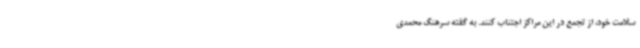
سلامت خود، از تجمع در این مراکز اجتناب کنند. به گفته سرهنگ محمدی